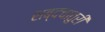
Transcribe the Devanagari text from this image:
शब्दचातुरी